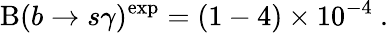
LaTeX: \mathrm{B}(b\to s\gamma)^{\mathrm{exp}}=(1-4)\times 10^{-4}\ .